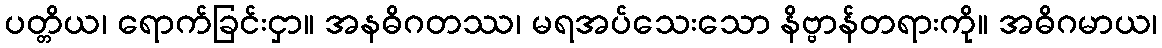
ပတ္တိယ၊ ရောက်ခြင်းငှာ။ အနဓိဂတဿ၊ မရအပ်သေးသော နိဗ္ဗာန်တရားကို။ အဓိဂမာယ၊